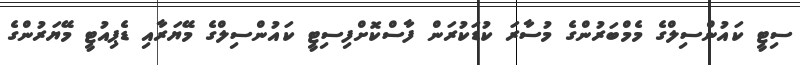
ސިޓީ ކައުންސިލްގެ މެމްބަރުންގެ މުސާރަ ކުޑަކުރަން ފާސްކޮށްފިސިޓީ ކައުންސިލްގެ މޭޔަރާއި ޑެޕިއުޓީ މޭޔަރުންގެ